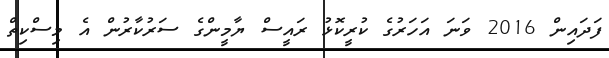
ފަދައިން 2016 ވަނަ އަހަރުގެ ކުރީކޮޅު ރައީސް ޔާމީންގެ ސަރުކާރުން އެ މިސްކިތް